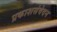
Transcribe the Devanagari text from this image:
प्रकाशसंवेदन